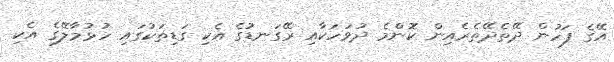
އޭގެ ފަހުން ދޭތެދޭތެރެއިން ކޮންމެ ދުވަހަކާއި ރޭގަނޑުގެ އެކި ގަޑިތަކުގައި ހުޅުމާލޭގެ އެކި